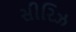
સીરિઝ